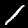
Label: 1